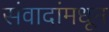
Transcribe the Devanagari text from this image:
संवादांमधून